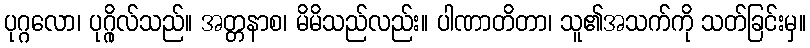
ပုဂ္ဂလော၊ ပုဂ္ဂိုလ်သည်။ အတ္တနာစ၊ မိမိသည်လည်း။ ပါဏာတိတာ၊ သူ၏အသက်ကို သတ်ခြင်းမှ။